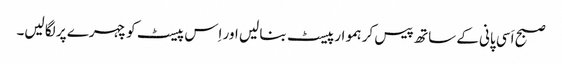
صبح اَسی پانی کے ساتھ پیس کر ہموار پیسٹ بنا لیں اور اِس پیسٹ کو چہرے پر لگا لیں۔